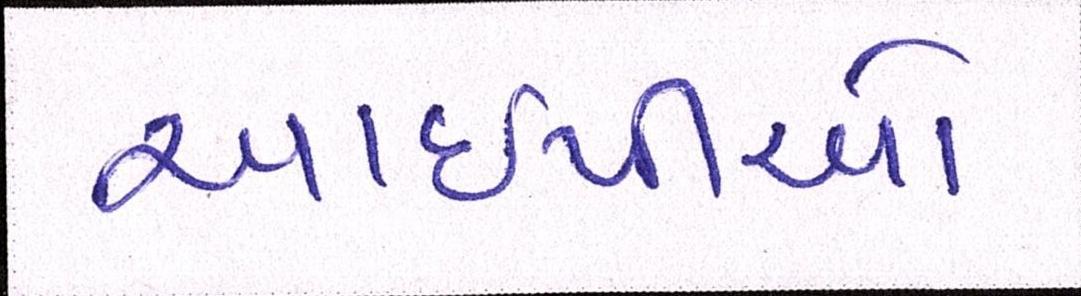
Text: આઈપીઓ